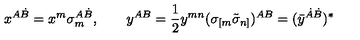
x ^ { A \dot { B } } = x ^ { m } \sigma _ { m } ^ { A \dot { B } } , \qquad { y } ^ { A B } = { \frac { 1 } { 2 } } y ^ { m n } ( \sigma _ { [ m } \tilde { \sigma } _ { n ] } ) ^ { A { B } } = ( \bar { y } ^ { \dot { A } \dot { B } } ) ^ { * }